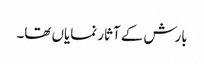
بارش کے آثار نمایاں تھا۔